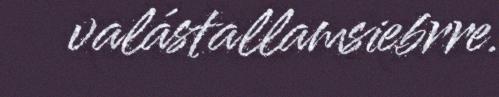
valástallamsiebrre.